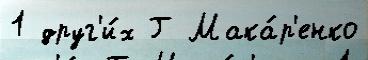
1 друг'и́х Г Мака́р'енко